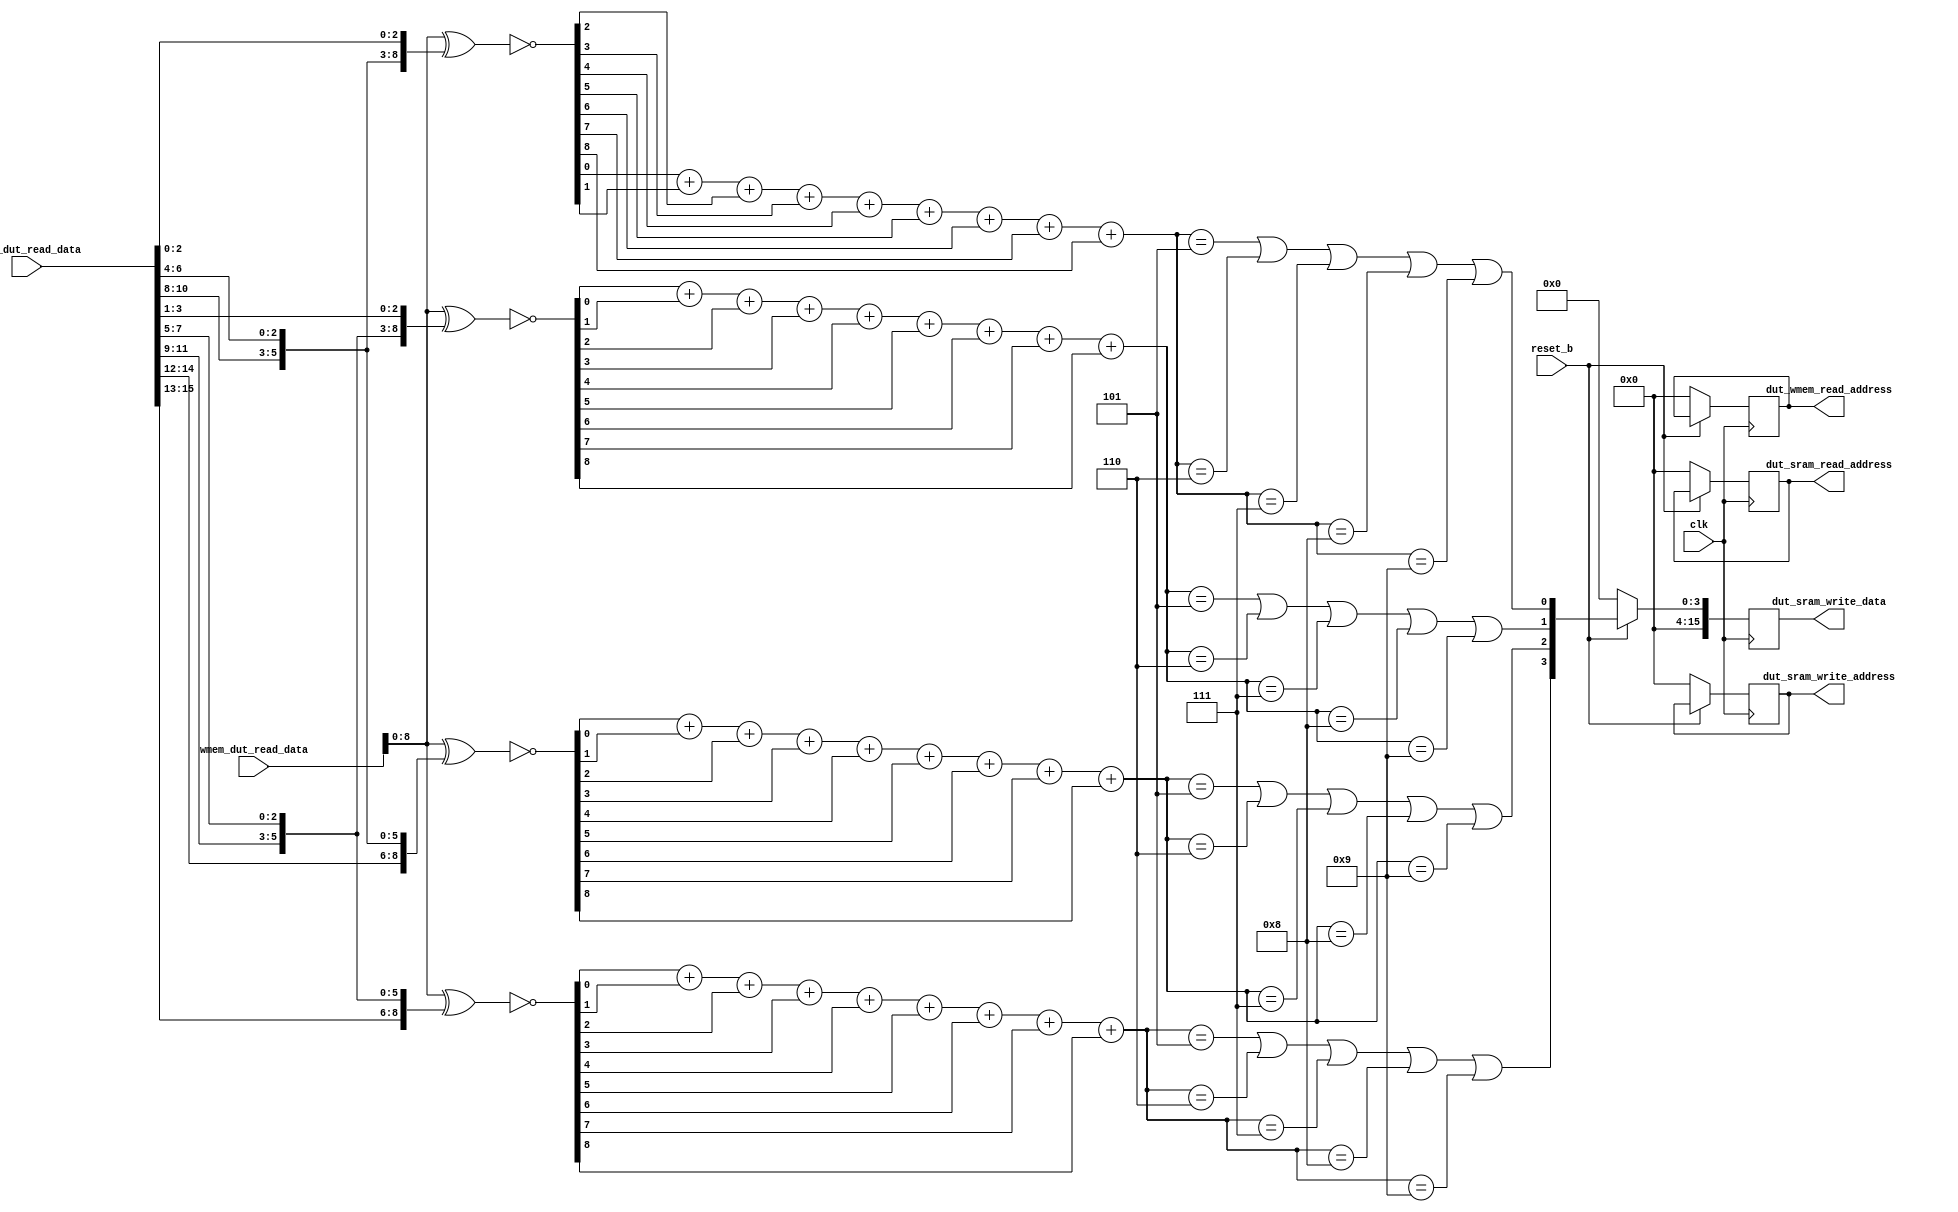

module Datapath (
   input clk, reset_b,
   input [15:0] sram_dut_read_data, wmem_dut_read_data,
   output [11:0] dut_sram_read_address, dut_sram_write_address, dut_wmem_read_address,
   output [15:0] dut_sram_write_data
   );

   reg [11:0] sram_read_address, sram_write_address, wmem_read_address;
   reg [15:0] sram_write_data;
   wire [3:0] outputMatrix;
   wire [8:0] xnorOut0, xnorOut1, xnorOut2, xnorOut3;
   wire [4:0] onesCount0, onesCount1, onesCount2, onesCount3;

   assign dut_sram_read_address = sram_read_address;
   assign dut_sram_write_address = sram_write_address;
   assign dut_wmem_read_address = wmem_read_address;
   assign dut_sram_write_data = sram_write_data;

   assign xnorOut0 = ~( wmem_dut_read_data[8:0] ^ { sram_dut_read_data[10:8], sram_dut_read_data[6:4], sram_dut_read_data[2:0] } );   // Top left
   assign xnorOut1 = ~( wmem_dut_read_data[8:0] ^ { sram_dut_read_data[11:9], sram_dut_read_data[7:5], sram_dut_read_data[3:1] } );   // Top right
   assign xnorOut2 = ~( wmem_dut_read_data[8:0] ^ { sram_dut_read_data[14:12], sram_dut_read_data[10:8], sram_dut_read_data[6:4] } ); // Lower left
   assign xnorOut3 = ~( wmem_dut_read_data[8:0] ^ { sram_dut_read_data[15:13], sram_dut_read_data[11:9], sram_dut_read_data[7:5] } ); // Lower right

   assign onesCount0 = ( xnorOut0[0] + xnorOut0[1] + xnorOut0[2] + xnorOut0[3] + xnorOut0[4] + xnorOut0[5] + xnorOut0[6] + xnorOut0[7] + xnorOut0[8] );
   assign onesCount1 = ( xnorOut1[0] + xnorOut1[1] + xnorOut1[2] + xnorOut1[3] + xnorOut1[4] + xnorOut1[5] + xnorOut1[6] + xnorOut1[7] + xnorOut1[8] );
   assign onesCount2 = ( xnorOut2[0] + xnorOut2[1] + xnorOut2[2] + xnorOut2[3] + xnorOut2[4] + xnorOut2[5] + xnorOut2[6] + xnorOut2[7] + xnorOut2[8] );
   assign onesCount3 = ( xnorOut3[0] + xnorOut3[1] + xnorOut3[2] + xnorOut3[3] + xnorOut3[4] + xnorOut3[5] + xnorOut3[6] + xnorOut3[7] + xnorOut3[8] );

   assign outputMatrix[0] = ( (onesCount0 == 5) || (onesCount0 == 6) || (onesCount0 == 7) || (onesCount0 == 8) || (onesCount0 == 9) );
   assign outputMatrix[1] = ( (onesCount1 == 5) || (onesCount1 == 6) || (onesCount1 == 7) || (onesCount1 == 8) || (onesCount1 == 9) );
   assign outputMatrix[2] = ( (onesCount2 == 5) || (onesCount2 == 6) || (onesCount2 == 7) || (onesCount2 == 8) || (onesCount2 == 9) );
   assign outputMatrix[3] = ( (onesCount3 == 5) || (onesCount3 == 6) || (onesCount3 == 7) || (onesCount3 == 8) || (onesCount3 == 9) );
   
   always @(posedge clk) begin
      if (!reset_b) begin
         sram_read_address <= 0;
         sram_write_address <= 0;
         wmem_read_address <= 0; 
         sram_write_data <= 0; end
      else begin
         sram_read_address <= sram_read_address;
         sram_write_address <= sram_write_address;
         wmem_read_address <= wmem_read_address;
         sram_write_data <= outputMatrix;
      end
   end

endmodule